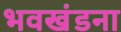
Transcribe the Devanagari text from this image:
भवखंडना